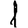
Digit: 1